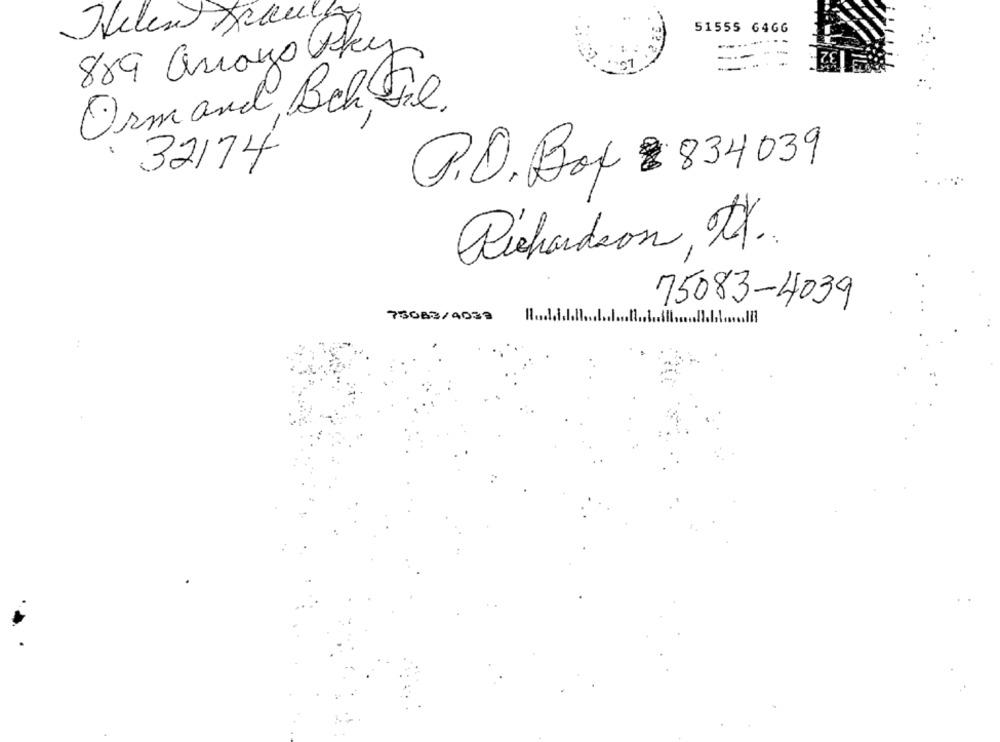
51555 64GG
Helen X
889 Aways Sky
-- --
Orm and, Beh sie.
32174
P.O. Box : 834039
Richardson, XX.
75083-4039
73083/4033